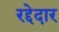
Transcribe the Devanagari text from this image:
रद्देदार